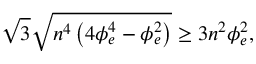
\sqrt { 3 } \sqrt { n ^ { 4 } \left( 4 \phi _ { e } ^ { 4 } - \phi _ { e } ^ { 2 } \right) } \ge 3 n ^ { 2 } \phi _ { e } ^ { 2 } ,